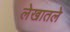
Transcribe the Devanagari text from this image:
लेखातले